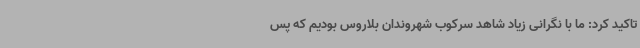
تاکید کرد: ما با نگرانی زیاد شاهد سرکوب شهروندان بلاروس بودیم که پس